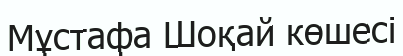
Мұстафа Шоқай көшесі